King Institute of Preventive Medicine Micro-Biological Section reports 1912-19
Year: 1912
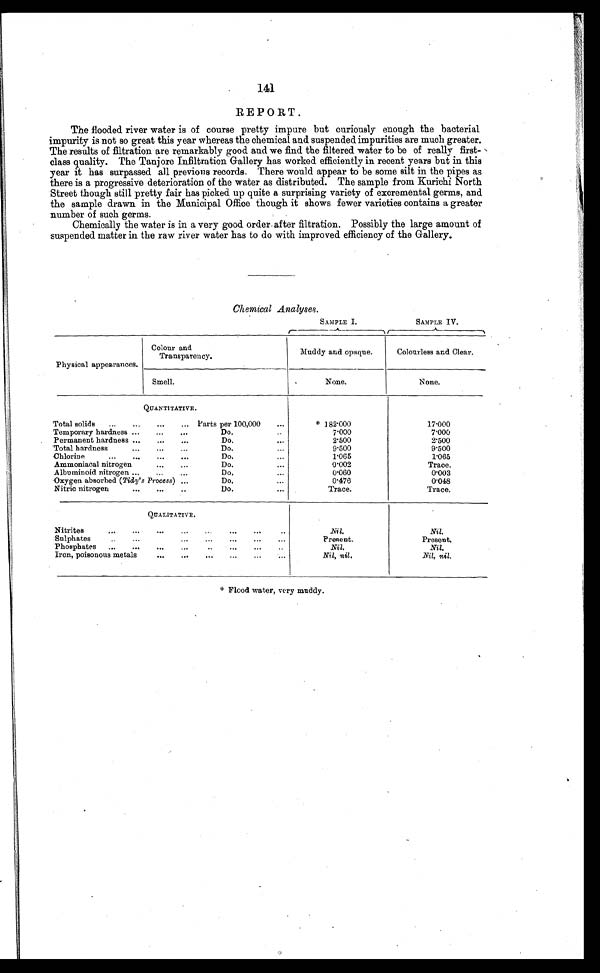
141
REPORT.
The flooded river water is of course pretty impure but curiously enough the bacterial
impurity is not so great this year whereas the chemical and suspended impurities are much greater.
The results of filtration are remarkably good. and we find the filtered water to be of really first-
class quality. The Tanjore Infiltration Gallery has worked efficiently in recent years but in this
year it has surpassed all previous records. There would appear to be some silt in the pipes as
there is a progressive deterioration of the water as distributed. The sample from Kurichi North
Street though still pretty fair has picked up quite a surprising variety of excremental germs, and
the sample drawn in the Municipal Office though it shows fewer varieties contains a greater
number of such germs.
Chemically the water is in a very good order-after filtration. Possibly the large amount of
suspended matter in the raw river water has to do with improved efficiency of the Gallery.
Ch emical Analyses.
SAMPLE I.
SAMPLE IV.
Physical appearances.
Colour and.
Transparency.
Muddy and. opaque.
Colourless and Clear.
Smell
None.
None.
QUANTITATIVE.
Total solids
...
... ... ... Parts per 100,000
. . .
*182.000
17.000
Temporary hardness ...
...
...
Do.
..
7.000
7.000
Permanent hardness ...
...
...
Do.
. . .
2.500
2.500
Total hardness
...
...
...
Do.
...
9.500
9.500
Chlorine...
...
Do.
...
1.065
1.065
Ammoniacal nitrogen
...
...
Do.
...
0.002
Trace.
Albuminoid nitrogen ...
...
Do.
...
0.060
0.003
Oxygen absorbed ( Tidy's Process ) ...
Do.
...
0.476
0048
Nitric nitrogen
...
...
..
Do.
...
Trace.
Trace.
QUALITATIVE.
Nitrites
...
...
...
...
Nil.
Nil.
Sulphates
...
...
...
..
...
Present.
Present.
Phosphates
...
...
...
...
Nil.
Nil.
Iron,poisonous metals ... ... ...
Nil, nil.
Nil, nil.
* F l o o d w a t e r , v e r y m u d d y .